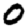
Digit: 0